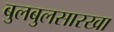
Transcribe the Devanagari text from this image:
बुलबुलसारखा